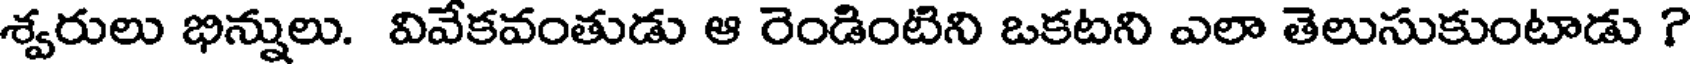
శ్వరులు భిన్నులు. వివేకవంతుడు ఆ రెండింటిని ఒకటని ఎలా తెలుసుకుంటాడు ?